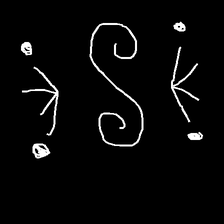
Glyph: aeroform